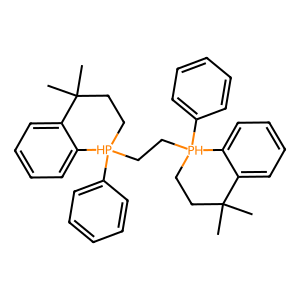
SMILES: CC1(C)CC[PH](CC[PH]2(c3ccccc3)CCC(C)(C)c3ccccc32)(c2ccccc2)c2ccccc21
Inhibits HIV replication: No